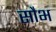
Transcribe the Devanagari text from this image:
सौभ